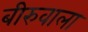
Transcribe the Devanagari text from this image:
बीरुवाला